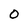
Character: O